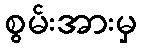
စွမ်းအားမှ